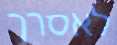
לאסרך